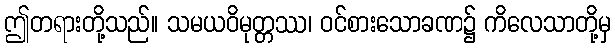
ဤတရားတို့သည်။ သမယဝိမုတ္တဿ၊ ဝင်စားသောခဏ၌ ကိလေသာတို့မှ